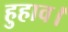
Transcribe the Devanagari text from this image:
हुहाव।